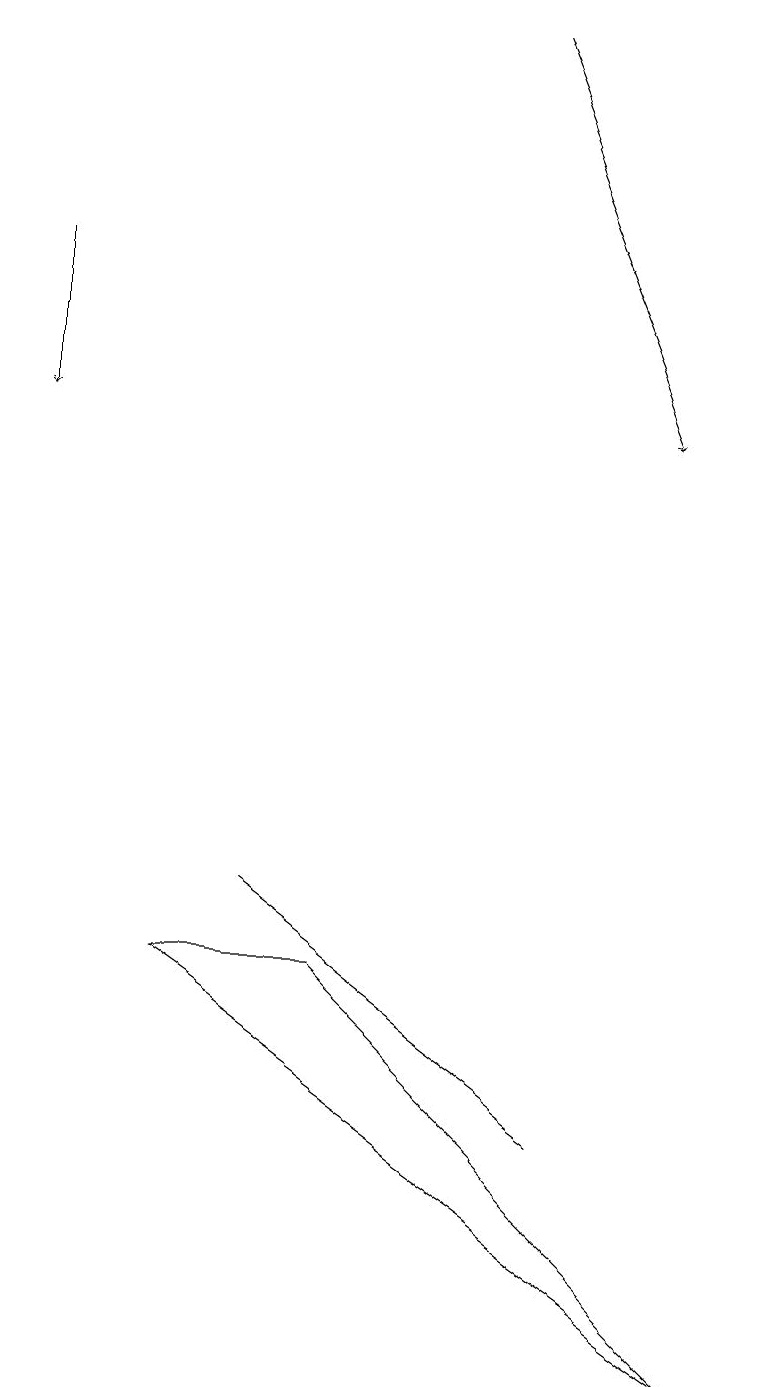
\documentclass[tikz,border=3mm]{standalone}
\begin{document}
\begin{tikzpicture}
\draw (9,2) -- (4,7) -- (2,7) -- cycle;
\draw[->] (6,19) -- (8,14);
\draw[->] (0,16) -- (0,14);
\draw (3,8) -- (3,8) -- (7,5) -- cycle;
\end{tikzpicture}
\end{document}